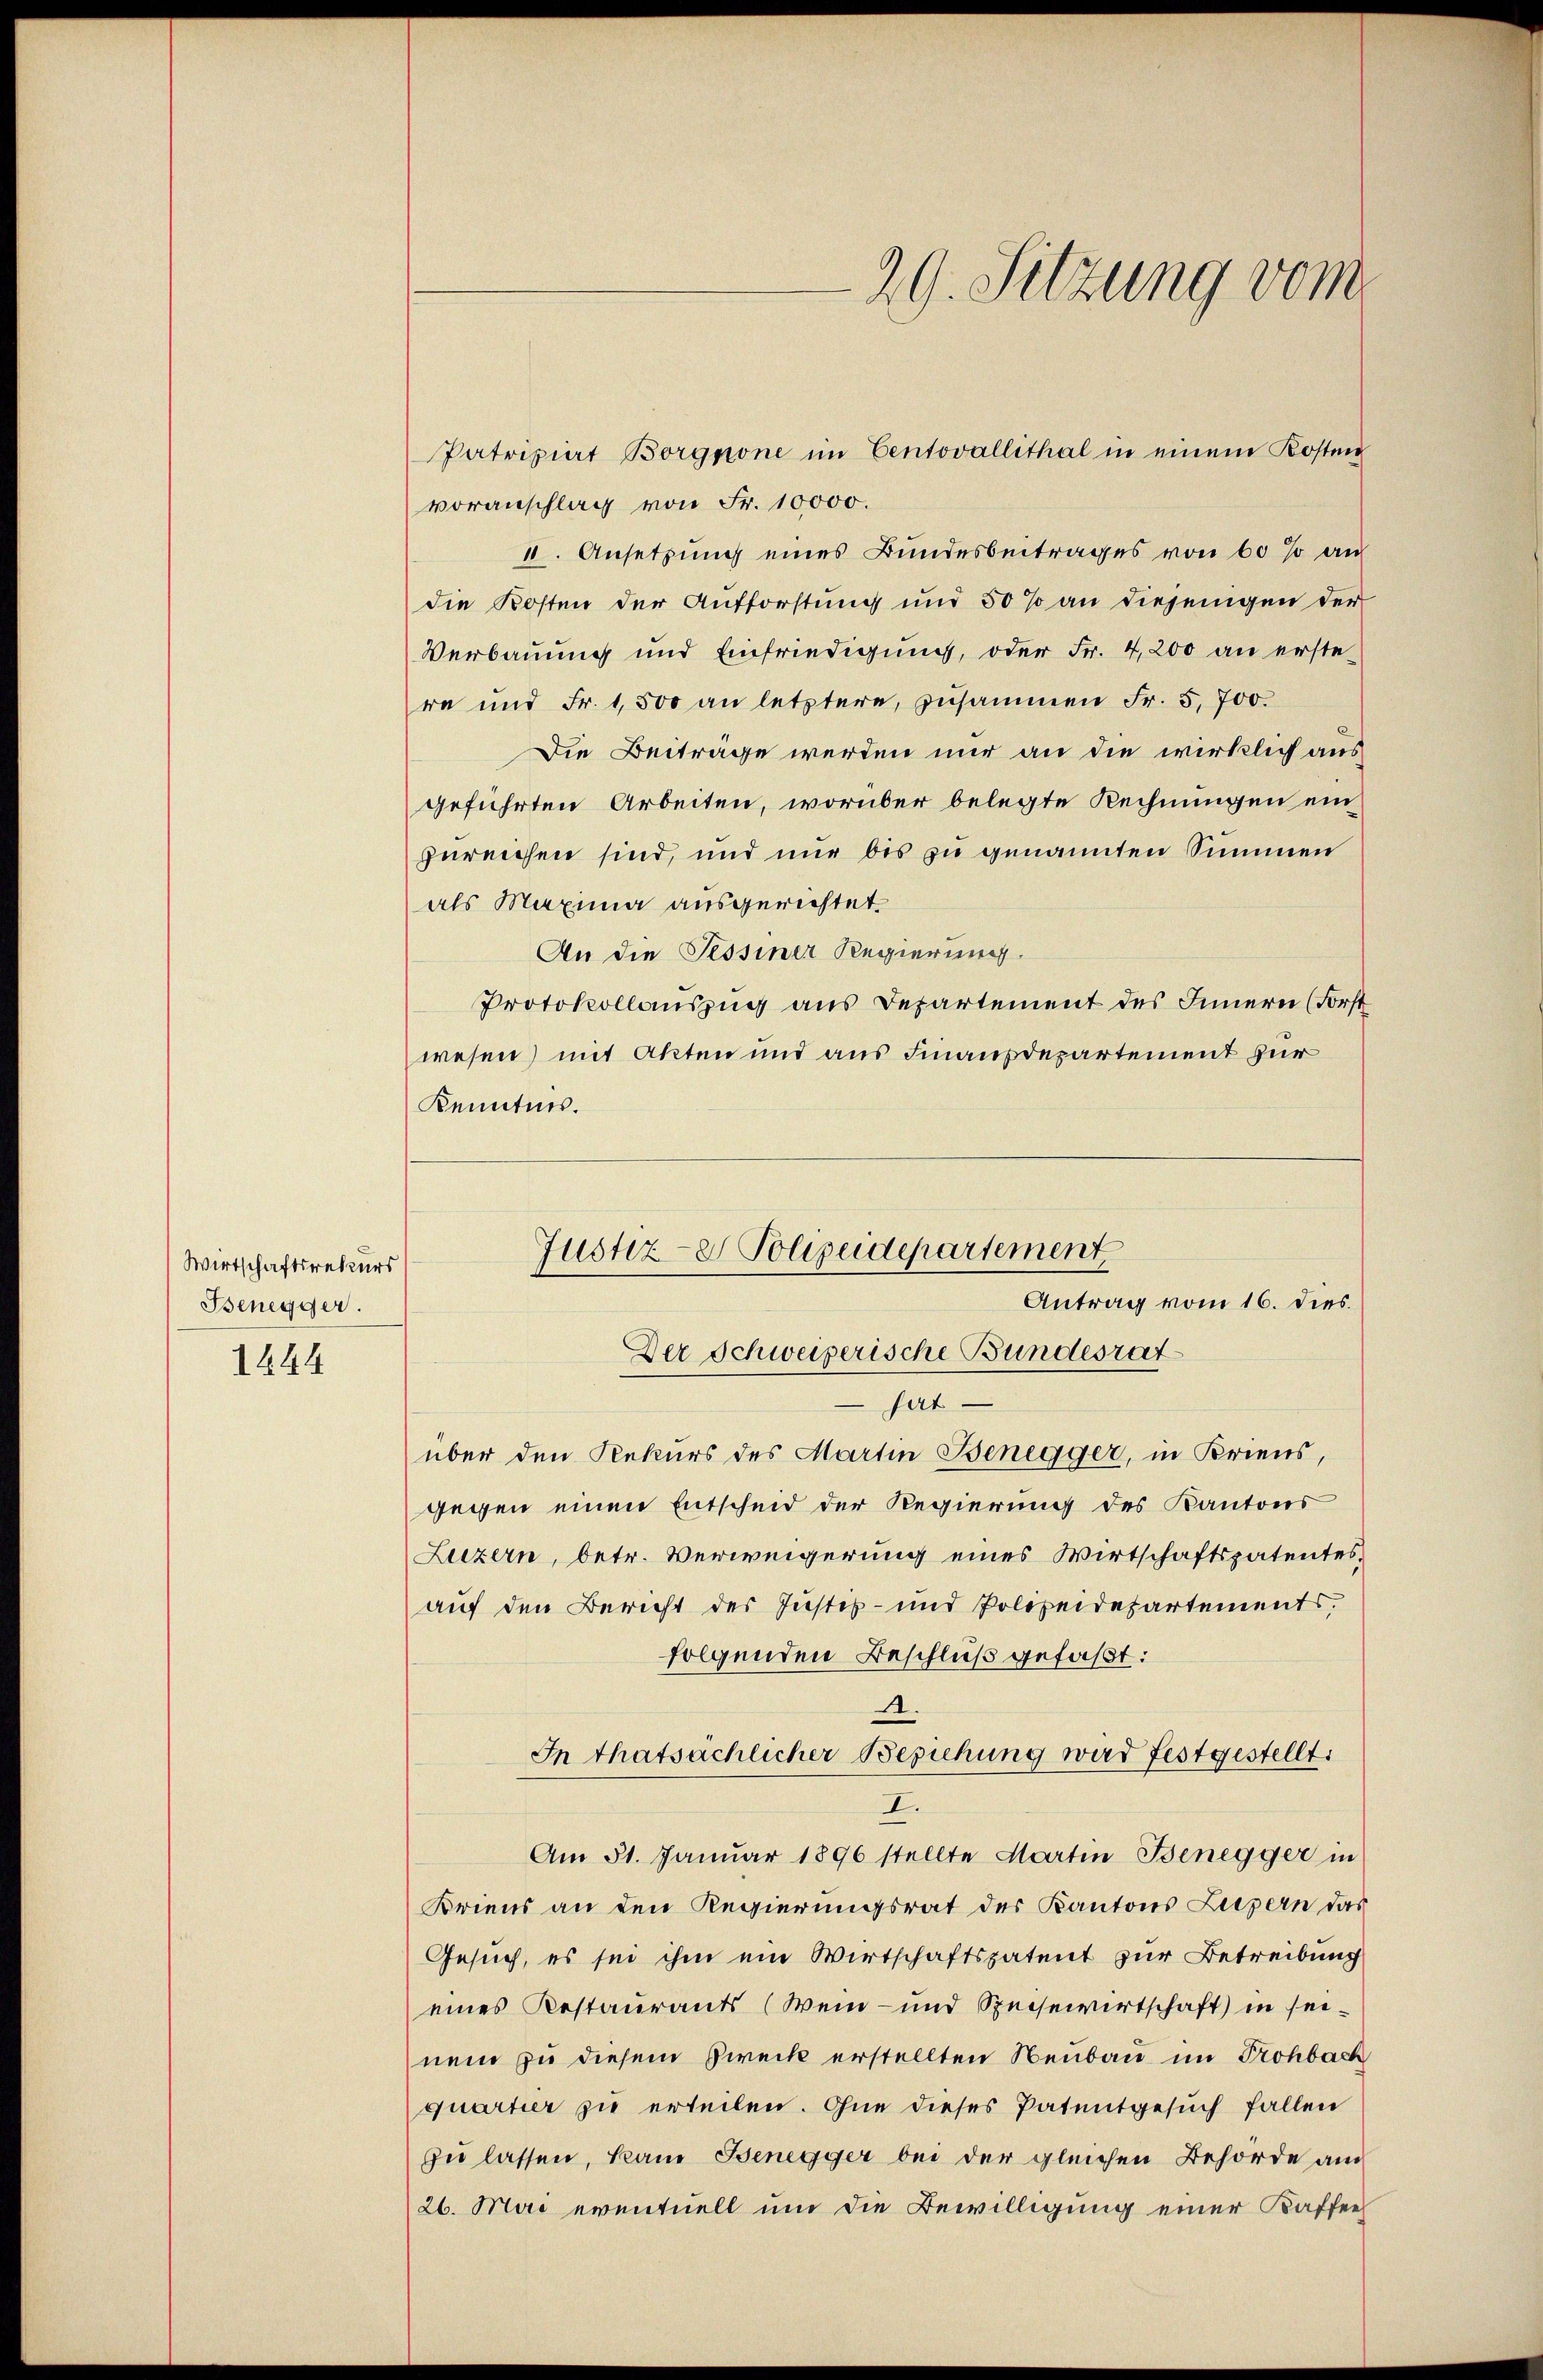
Wirtschaftsrekurs
Benegger
1444

29. Sitzung vom

voranschlag von Fr. 10000.
II. Ansetzung eines Bundesbeitrages von 60 so an
die Kosten der Aufforstung und 50 % an diejenigen der
Verbauung und Einfriedigung, oder Fr. 4,200 an erste
re und Fr. 1,500 an letztere, zusammen Fr. 5700.
Die Beiträge werden nur an die wirklich aus
geführten Arbeiten, worüber belegte Rechnungen ein
zureichen sind, und nur bis zu genannten Summen
als Maxima ausgerichtet
An die Tessiner Regierung.
Protokollauszug aus Departement des Innern (Forst
wesen) mit Akten und aus Finanzdepartement zur
Kenntnis.
hat.
über den Rekurs des Martin Benegger, in Kriens,
gegen einen Entscheid der Regierung des Kantons
Luzern, betr. Verweigerung eines Wirtschaftspatentes,
auf den Bericht des Justiz- und Polizeidepartements,
folgenden Beschluß gefaßt:
.
In thatsächlicher Beziehung wird festgestellt.
I.
Am 31. Januar 1896 stellte Martin Benegger in
Kriens an den Regierungsrat des Kantons Luzern das
Gesuch, es sei ihm ein Wirtschaftspatent zur Betreibung
eines Restaurants (Wein- und Speisewirtschaft in seinem zu diesem Zweck erstellten Neubau im Prohbach
quartier zu erteilen. Ohne dieses Patentgesuch fallen
zu lassen, kam Benegger bei der gleichen Behörde auc
26. Mai eventuell um die Bewilligung einer Kaffeel

Patriziat Borgnone im Centovallithal in einem Kosten

Justiz- & Polizeidepartement
Antrag vom 16. dies.
Der Schweizerische Bundesrat